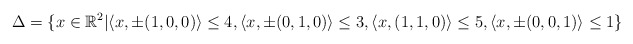
\begin{align*} \Delta =\{x\in\mathbb{R}^2|&\langle x,\pm(1,0,0)\rangle\leq4,\langle x,\pm(0,1,0)\rangle\leq3,\langle x,(1,1,0)\rangle\leq5,\langle x,\pm(0,0,1)\rangle\leq1\}\end{align*}